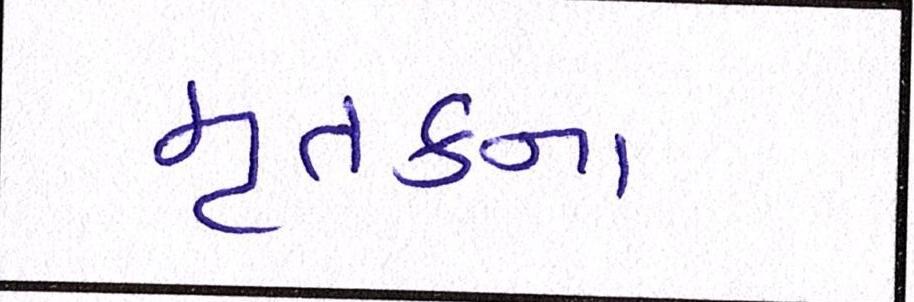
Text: મૃતકના